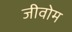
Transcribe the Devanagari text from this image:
जीवोम